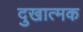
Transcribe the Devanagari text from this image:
दुखात्मक